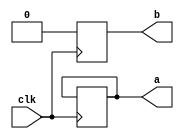
module test( clk, a, b );
   
input 			      clk;             
output [0:0]    a;
  output        b;
reg  [0:0]      a;
  reg           b;          

integer i = 5;

always @(posedge clk) begin
  a[i] <= 1'b0;
  b <= 1'b0;
end 

endmodule